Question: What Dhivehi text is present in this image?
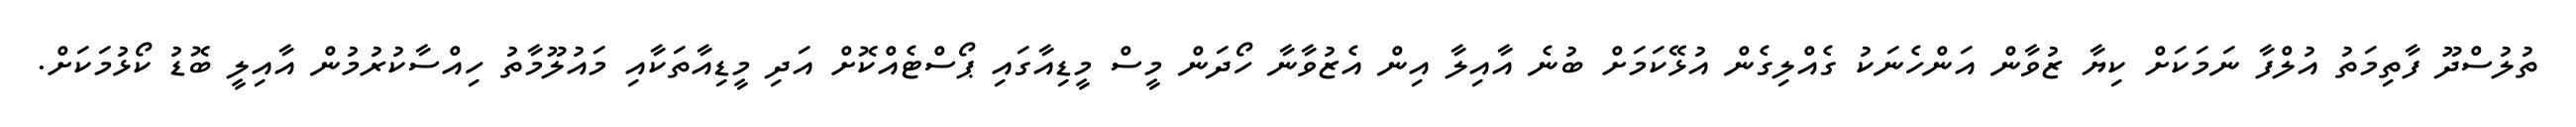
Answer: ތުލުސްދޫ ފާތިމަތު އުލްފާ ނަމަކަށް ކިޔާ ޒުވާން އަންހެނަކު ގެއްލިގެން އުޅޭކަމަށް ބުނެ އާއިލާ އިން އެޒުވާނާ ހޯދަން މީސް މީޑިއާގައި ޕޯސްޓެއްކޮށް އަދި މީޑިއާތަކާއި މައުލޫމާތު ހިއްސާކުރުމުން އާއިލީ ބޮޑު ކޯޅުމަކަށް.